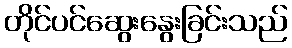
တိုင်ပင်ဆွေးနွေးခြင်းသည်